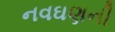
નવઘણની